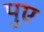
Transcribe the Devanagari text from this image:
पुए